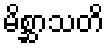
မိစ္ဆာသတိ